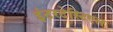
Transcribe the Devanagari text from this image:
इंटरटेस्टिएल